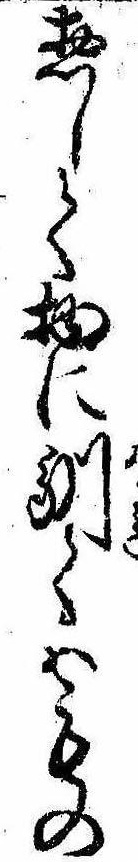
惣して物に馴てはもの